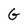
Character: G